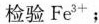
检验Fe^{3+}；